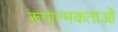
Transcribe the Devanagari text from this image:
रूपात्मकताओं